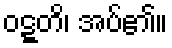
ဝဋ္ဋတိ၊ အပ်၏။